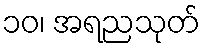
၁၀၊ အရညသုတ်